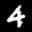
Label: 4